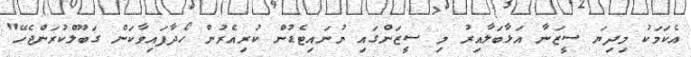
އެކަމަކު މިދިޔަ ސީޒަނާ އަޅާބަލާއިރު މި ސީޒަންގައި ޔުނައިޓެޑުން ކުރިއެރުން ހޯދާފައިވާކަން ގަބޫލްކުރަންޖެހޭ"